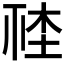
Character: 𣒮